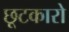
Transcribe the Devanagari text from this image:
छूटकारो